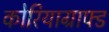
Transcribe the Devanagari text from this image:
कोरियाग्राफ्ड